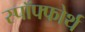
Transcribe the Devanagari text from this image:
स्पॉफ्फोर्थ